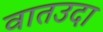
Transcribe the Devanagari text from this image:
वातउदा